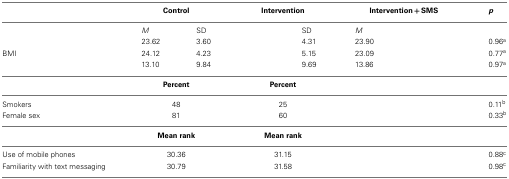
<table><thead><tr><td>[EMPTY_CELL]</td><td colspan="2"><b>Control</b></td><td colspan="2"><b>Intervention</b></td><td colspan="2"><b>Intervention + SMS</b></td><td><b><i>p</i></b></td></tr></thead><tbody><tr><td>[EMPTY_CELL]</td><td><i>M</i></td><td>SD</td><td>[EMPTY_CELL]</td><td>SD</td><td><i>M</i></td><td>[EMPTY_CELL]</td><td>[EMPTY_CELL]</td></tr><tr><td>[EMPTY_CELL]</td><td>23.62</td><td>3.60</td><td>[EMPTY_CELL]</td><td>4.31</td><td>23.90</td><td>[EMPTY_CELL]</td><td>0.96<sup>a</sup></td></tr><tr><td>BMI</td><td>24.12</td><td>4.23</td><td>[EMPTY_CELL]</td><td>5.15</td><td>23.09</td><td>[EMPTY_CELL]</td><td>0.77<sup>a</sup></td></tr><tr><td>[EMPTY_CELL]</td><td>13.10</td><td>9.84</td><td>[EMPTY_CELL]</td><td>9.69</td><td>13.86</td><td>[EMPTY_CELL]</td><td>0.97<sup>a</sup></td></tr><tr><td>[EMPTY_CELL]</td><td colspan="2"><b>Percent</b></td><td colspan="2"><b>Percent</b></td><td colspan="2">[EMPTY_CELL]</td><td>[EMPTY_CELL]</td></tr><tr><td>Smokers</td><td colspan="2">48</td><td colspan="2">25</td><td colspan="2">[EMPTY_CELL]</td><td>0.11<sup>b</sup></td></tr><tr><td>Female sex</td><td colspan="2">81</td><td colspan="2">60</td><td colspan="2">[EMPTY_CELL]</td><td>0.33<sup>b</sup></td></tr><tr><td>[EMPTY_CELL]</td><td colspan="2"><b>Mean rank</b></td><td colspan="2"><b>Mean rank</b></td><td colspan="2">[EMPTY_CELL]</td><td>[EMPTY_CELL]</td></tr><tr><td>Use of mobile phones</td><td colspan="2">30.36</td><td colspan="2">31.15</td><td colspan="2">[EMPTY_CELL]</td><td>0.88<sup>c</sup></td></tr><tr><td>Familiarity with text messaging</td><td colspan="2">30.79</td><td colspan="2">31.58</td><td colspan="2">[EMPTY_CELL]</td><td>0.98<sup>c</sup></td></tr></tbody></table>